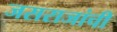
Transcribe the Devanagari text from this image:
जसराजांची